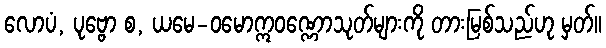
လောပံ, ပုဗ္ဗော စ, ယမေ-ဝမောဣဝဏ္ဏောသုတ်များကို တားမြစ်သည်ဟု မှတ်။